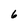
Character: 6